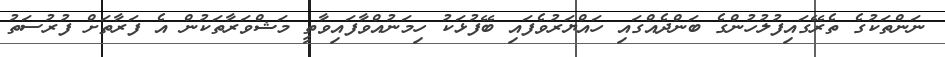
ނަންތަކުގެ ތެރޭގައިފުލުހުންގެ ބަންދެއްގައި ހައްޔަރުވެފައި ބޭފުޅަކު ހިމަނުއްވާފައިވާތީ މަޝްވަރާތަކުން އެ ފަރާތަށް ފުރުސަތު